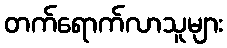
တက်ရောက်လာသူများ